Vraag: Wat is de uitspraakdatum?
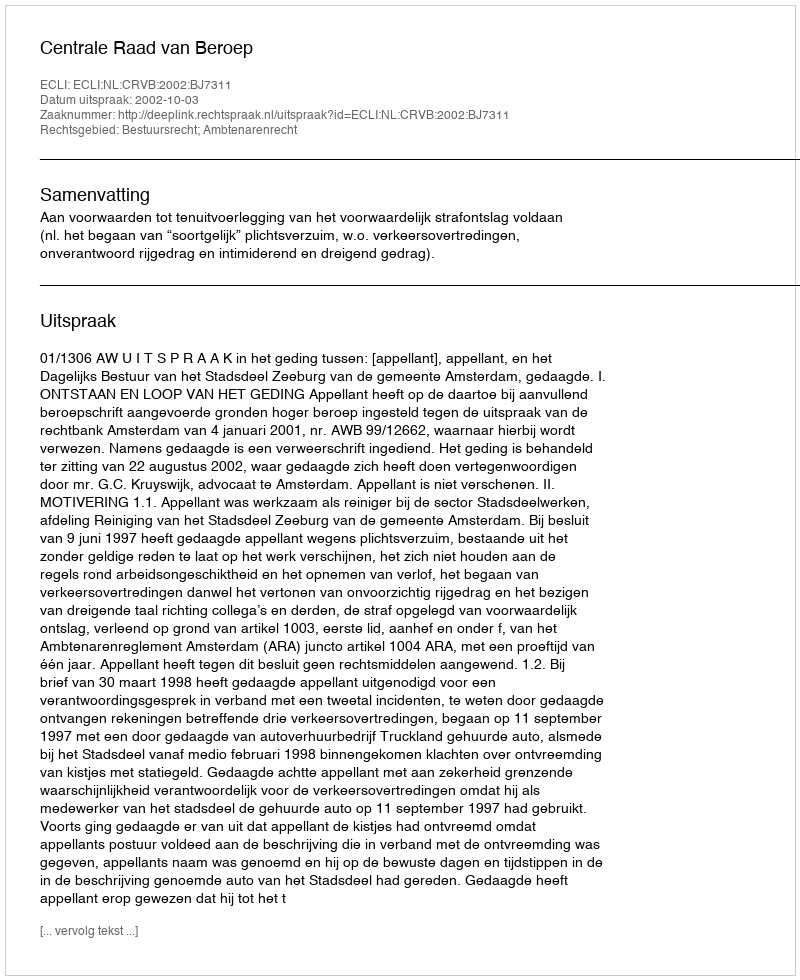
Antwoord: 2002-10-03